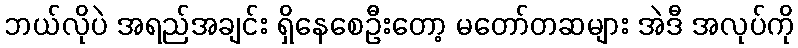
ဘယ်လိုပဲ အရည်အချင်း ရှိနေစေဦးတော့ မတော်တဆများ အဲဒီ အလုပ်ကို